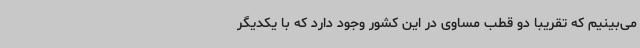
می‌بینیم که تقریبا دو قطب مساوی در این کشور وجود دارد که با یکدیگر